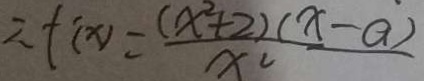
\therefore f ( x ) = \frac { ( x ^ { 2 } + 2 ) ( x - a ) } { x ^ { 2 } }